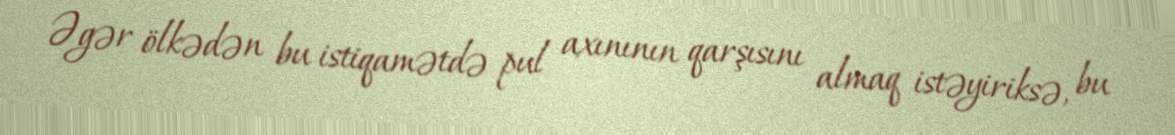
Əgər ölkədən bu istiqamətdə pul axınının qarşısını almaq istəyiriksə, bu